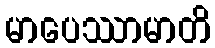
မာပေဿာမာတိ